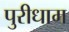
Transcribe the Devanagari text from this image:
पुरीधाम